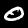
Digit: 0